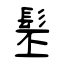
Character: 髬